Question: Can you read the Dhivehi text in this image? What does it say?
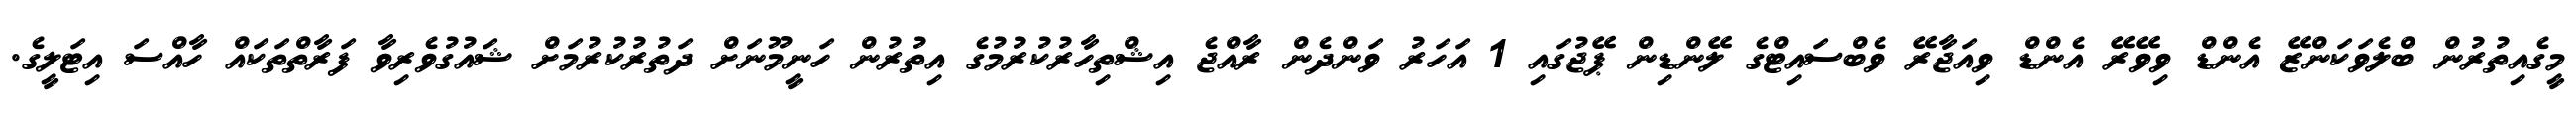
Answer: މީގެއިތުރުން ބްލެވަކަންޒޭ އެންޑް ވިވޭރޭ އެންޑް ވިއަޖާރޭ ވެބްސައިޓްގެ ލޭންޑިން ޕޭޖުގައި 1 އަހަރު ވަންދެން ރާއްޖެ އިޝްތިހާރުކުރުމުގެ އިތުރުން ހަނީމޫނަށް ދަތުރުކުރުމަށް ޝައުގުވެރިވާ ފަރާތްތަކައް ހާއްސަ އިޓަލީގެ.